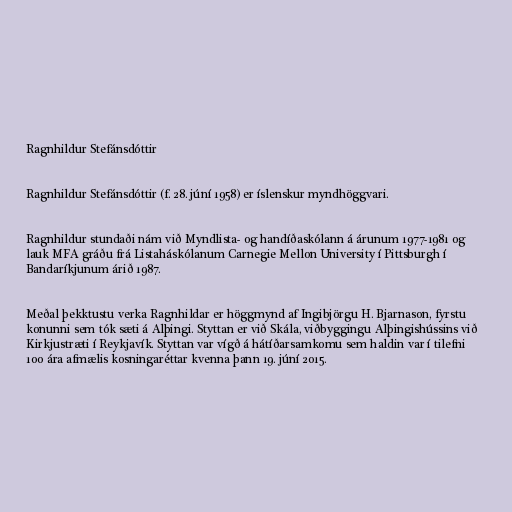
Ragnhildur Stefánsdóttir

Ragnhildur Stefánsdóttir (f. 28. júní 1958) er íslenskur myndhöggvari.

Ragnhildur stundaði nám við Myndlista- og handíðaskólann á árunum 1977-1981 og
lauk MFA gráðu frá Listaháskólanum Carnegie Mellon University í Pittsburgh í
Bandaríkjunum árið 1987.

Meðal þekktustu verka Ragnhildar er höggmynd af Ingibjörgu H. Bjarnason, fyrstu
konunni sem tók sæti á Alþingi. Styttan er við Skála, viðbyggingu Alþingishússins við
Kirkjustræti í Reykjavík. Styttan var vígð á hátíðarsamkomu sem haldin var í tilefni
100 ára afmælis kosningaréttar kvenna þann 19. júní 2015.